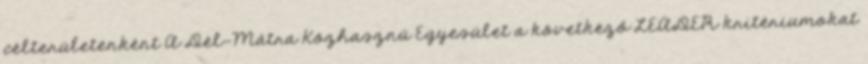
célterületenként A Dél-Mátra Közhasznú Egyesület a következő LEADER kritériumokat